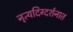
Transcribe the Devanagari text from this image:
नृत्यदिग्दर्शनात